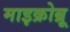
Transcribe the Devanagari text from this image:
माइक्रोब्रू